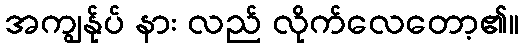
အကျွန်ုပ် နား လည် လိုက်လေတော့၏။